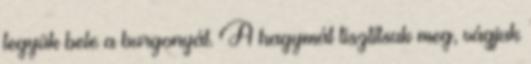
tegyük bele a burgonyát. A hagymát tisztítsuk meg, vágjuk